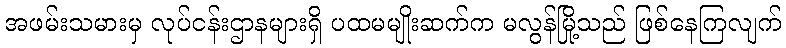
အဖမ်းသမားမှ လုပ်ငန်းဌာနများရှိ ပထမမျိုးဆက်က မလွန်မြို့သည် ဖြစ်နေကြလျက်